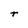
Character: r